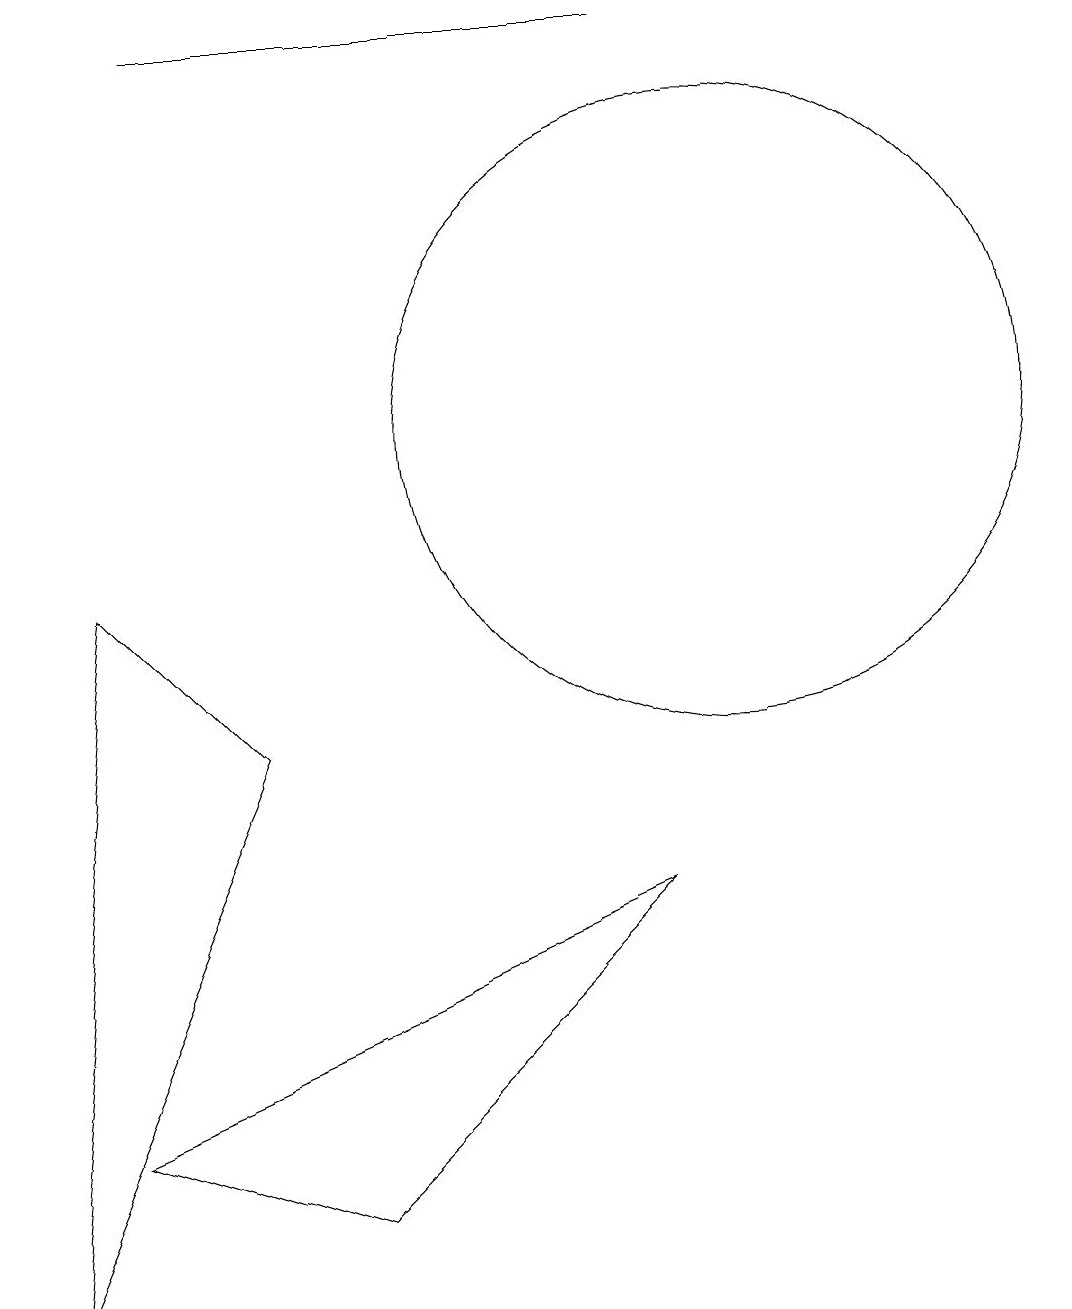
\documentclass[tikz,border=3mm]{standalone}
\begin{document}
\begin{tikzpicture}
\draw (3,16) rectangle (9,16);
\draw (1,0) -- (4,7) -- (2,9) -- cycle;
\draw (10,11) circle (4);
\draw (5,1) -- (9,5) -- (2,2) -- cycle;
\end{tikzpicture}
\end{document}